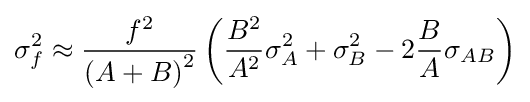
\sigma _{f}^{2}\approx {\frac {f^{2}}{\left(A+B\right)^{2}}}\left({\frac {B^{2}}{A^{2}}}\sigma _{A}^{2}+\sigma _{B}^{2}-2{\frac {B}{A}}\sigma _{AB}\right)